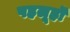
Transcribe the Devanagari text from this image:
पहलूहॊं